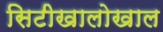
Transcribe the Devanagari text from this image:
सिटीखालोखाल